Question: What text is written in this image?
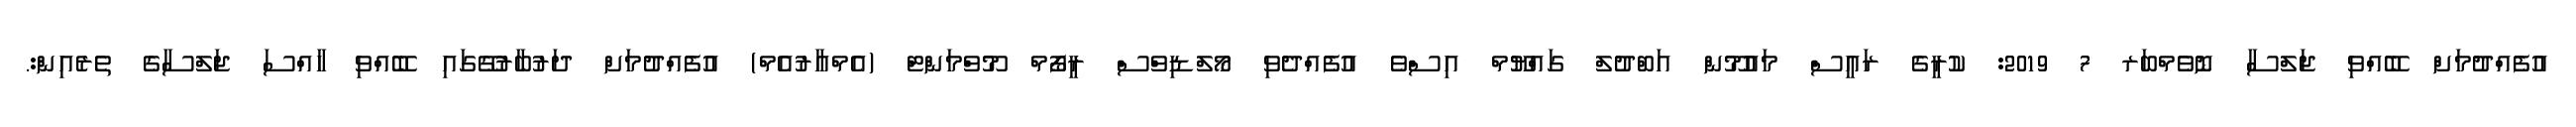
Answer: އުފެއްދުމަށް ބޭއްވި ޖަލްސާ ނޮވެމްބަރ 7 2019: ކުރީގެ ރައީސް މައުމޫން އަބްދުލް ގައްޔޫމް އިސްވެ އުފެއްދެވި މޯލްޑިވްސް ރީފޯމް މޫވްމަންޓް (އެމްއާރުއެމް) އުފެއްދުމަށް ދަރުބާރުގޭގައި ބޭއްވި ހާއްސަ ޖަލްސާގެ ތެރެއިން:.